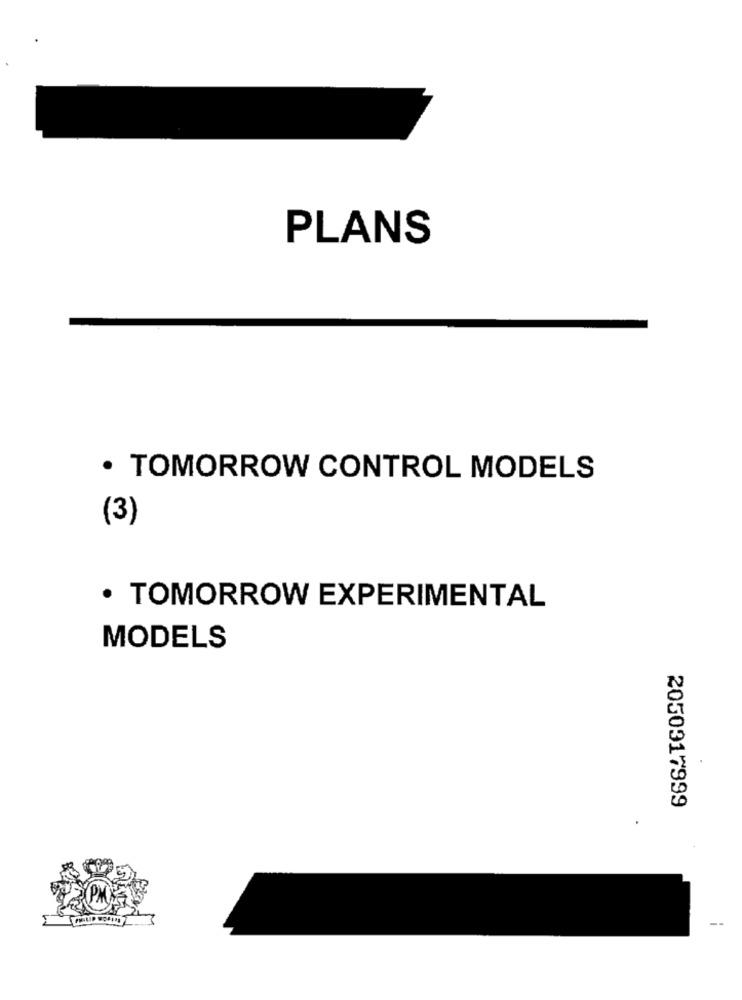
PLANS
· TOMORROW CONTROL MODELS
(3)
· TOMORROW EXPERIMENTAL
MODELS
2050917999